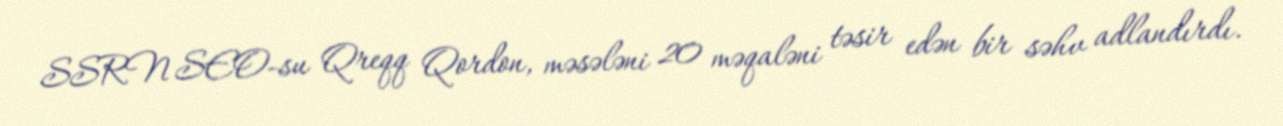
SSRN SEO-su Qreqq Qordon, məsələni 20 məqaləni təsir edən bir səhv adlandırdı.